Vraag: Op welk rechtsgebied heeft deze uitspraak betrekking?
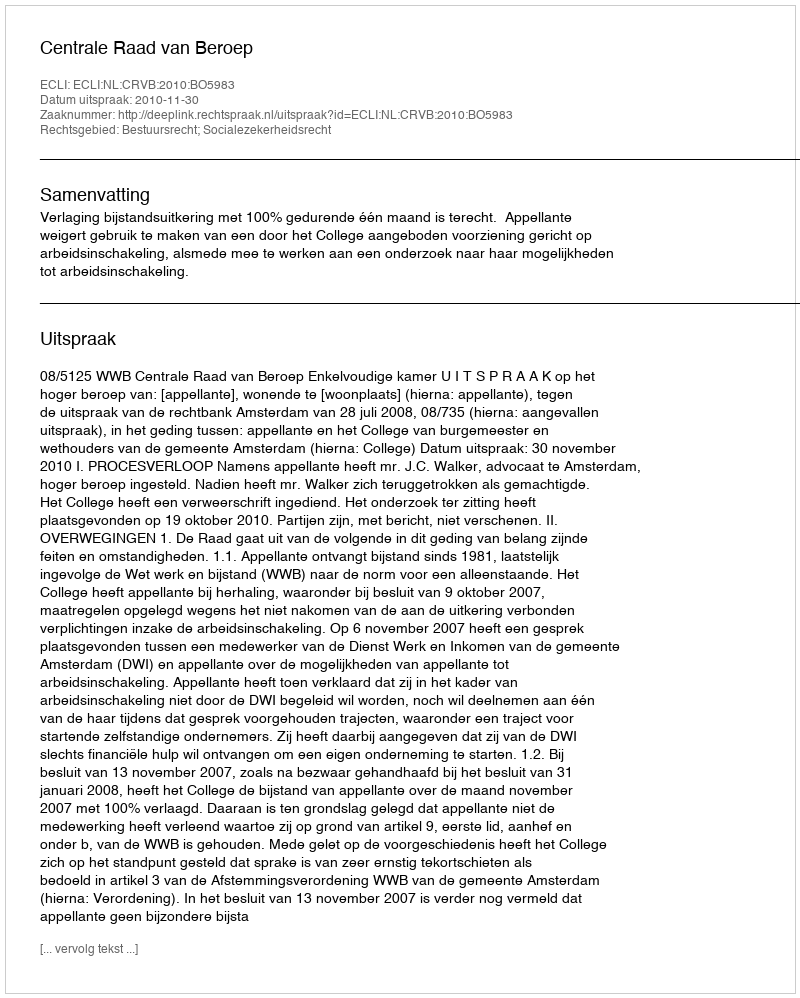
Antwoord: Bestuursrecht; Socialezekerheidsrecht